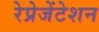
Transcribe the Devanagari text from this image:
रेप्रेजेंटेशन